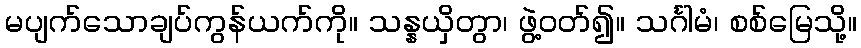
မပျက်သောချပ်ကွန်ယက်ကို။ သန္နယှိတွာ၊ ဖွဲ့ဝတ်၍။ သင်္ဂါမံ၊ စစ်မြေသို့။